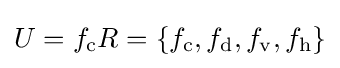
U=f_{\mathrm {c} }R=\{f_{\mathrm {c} },f_{\mathrm {d} },f_{\mathrm {v} },f_{\mathrm {h} }\}